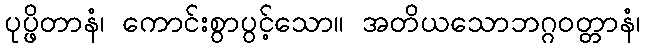
ပုပ္ဖိတာနံ၊ ကောင်းစွာပွင့်သော။ အတိယသောဘဂ္ဂဝတ္တာနံ၊